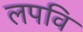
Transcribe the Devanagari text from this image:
लपवि